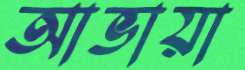
আভায়া